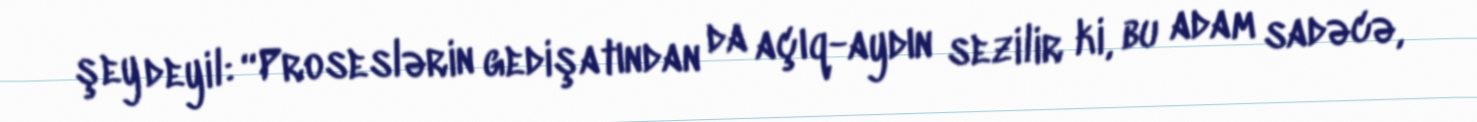
şey deyil: “Proseslərin gedişatından da açıq-aydın sezilir ki, bu adam sadəcə,